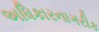
અધિકારનાગરીક